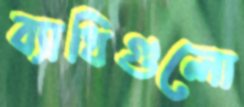
ব্যাধিগুলো